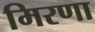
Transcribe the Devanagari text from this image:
मिरणा